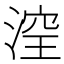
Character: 㴏